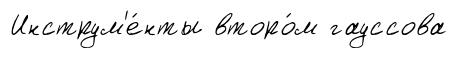
Инструм'е́нты второ́м гауссова